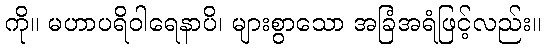
ကို။ မဟာပရိဝါရေနာပိ၊ များစွာသော အခြံအရံဖြင့်လည်း။